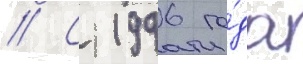
// С 1996 го́да